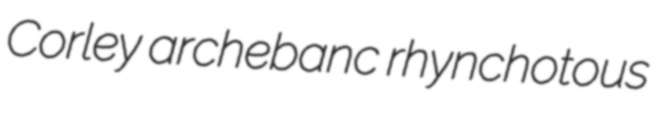
Corley archebanc rhynchotous